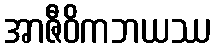
အာဇီဝိကဘယဿ